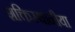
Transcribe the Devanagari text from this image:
शक्तिस्थानीया